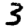
Digit: 3